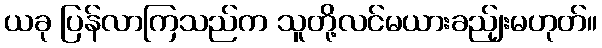
ယခု ပြန်လာကြသည်က သူတို့လင်မယားခည်ျးမဟုတ်။